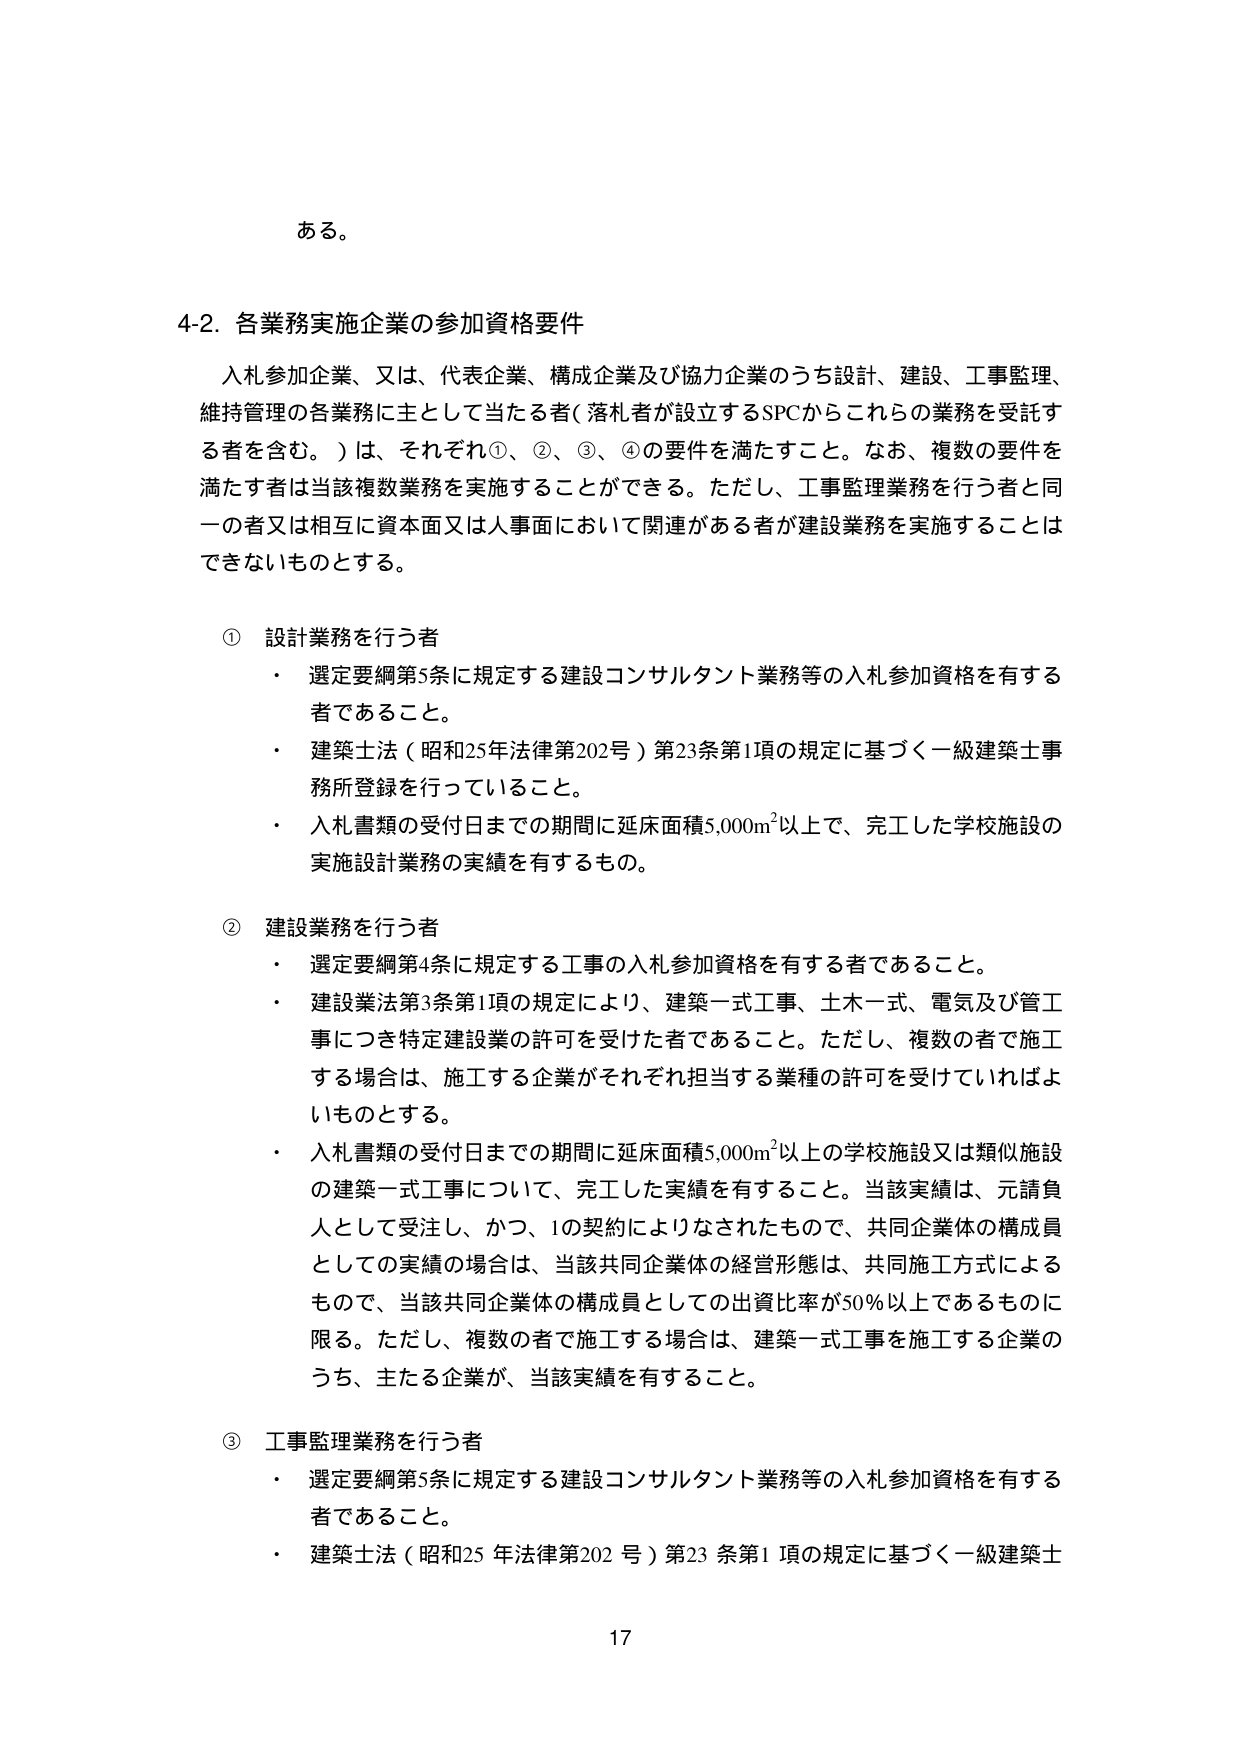
ある。

4-2. 各業務実施企業の参加資格要件

入札参加企業、又は、代表企業、構成企業及び協力企業のうち設計、建設、工事監理、維持管理の各業務に主として当たる者（落札者が設立するSPCからこれらの業務を受託する者を含む。）は、それぞれ①、②、③、④の要件を満たすこと。なお、複数の要件を満たす者は当該複数業務を実施することができる。ただし、工事監理業務を行う者と同一の者又は相互に資本面又は人事面において関連がある者が建設業務を実施することはできないものとする。

① 設計業務を行う者
・ 選定要綱第5条に規定する建設コンサルタント業務等の入札参加資格を有する者であること。
・ 建築士法（昭和25年法律第202号）第23条第1項の規定に基づく一級建築士事務所登録を行っていること。
・ 入札書類の受付日までの期間に延床面積5,000m²以上で、完工した学校施設の実施設計業務の実績を有するもの。

② 建設業務を行う者
・ 選定要綱第4条に規定する工事の入札参加資格を有する者であること。
・ 建設業法第3条第1項の規定により、建築一式工事、土木一式、電気及び管工事につき特定建設業の許可を受けた者であること。ただし、複数の者で施工する場合は、施工する企業がそれぞれ担当する業種の許可を受けていればよいものとする。
・ 入札書類の受付日までの期間に延床面積5,000m²以上の学校施設又は類似施設の建築一式工事について、完工した実績を有すること。当該実績は、元請負人として受注し、かつ、1の契約によりなされたもので、共同企業体の構成員としての実績の場合、当該共同企業体の経営形態は、共同施工方式によるもので、当該共同企業体の構成員としての出資比率が50％以上であるものに限る。ただし、複数の者で施工する場合は、建築一式工事を施工する企業のうち、主たる企業が、当該実績を有すること。

③ 工事監理業務を行う者
・ 選定要綱第5条に規定する建設コンサルタント業務等の入札参加資格を有する者であること。
・ 建築士法（昭和25年法律第202号）第23条第1項の規定に基づく一級建築士

17